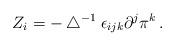
LaTeX: \begin{align*}Z_i=-\bigtriangleup^{-1}\epsilon_{ijk}\partial^j \pi^k\,.\end{align*}